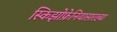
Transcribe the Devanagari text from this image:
स्किझोफ्रेनियासारख्या